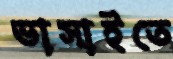
ভাসাইতে